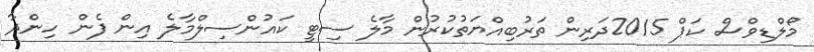
މޯލްޑިވްސް ކަޕް 2015ދަރިން ތަރުބިއްޔަތުކުރުން މާލެ ސިޓީ ކައުންސިލްމާލެ އިން ފެން ހިންދާ